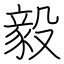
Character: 毅